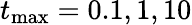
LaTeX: t_{\operatorname*{max}}=0.1,1,10